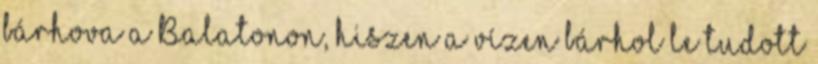
bárhova a Balatonon, hiszen a vízen bárhol le tudott